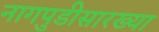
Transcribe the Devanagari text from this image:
नागपुडीसारख्या